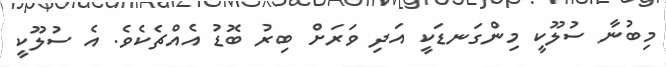
މިބުނާ ސުލޫކީ މިންގަނޑަކީ އަދި ވަރަށް ބިރު ބޮޑު އެއްޗެކެވެ. އެ ސުލޫކީ